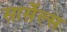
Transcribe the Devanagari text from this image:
सार्सेल्स